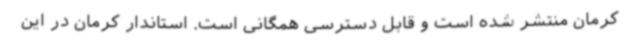
کرمان منتشر شده است و قابل دسترسی همگانی است. استاندار کرمان در این